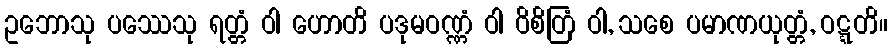
ဥဘောသု ပဿေသု ရတ္တံ ဝါ ဟောတိ ပဒုမဝဏ္ဏံ ဝါ ဝိစိတြံ ဝါ, သစေ ပမာဏယုတ္တံ, ဝဋ္ဋတိ။